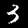
Label: 3